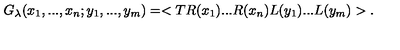
G _ { \lambda } ( x _ { 1 } , . . . , x _ { n } ; y _ { 1 } , . . . , y _ { m } ) = < T R ( x _ { 1 } ) . . . R ( x _ { n } ) L ( y _ { 1 } ) . . . L ( y _ { m } ) > .